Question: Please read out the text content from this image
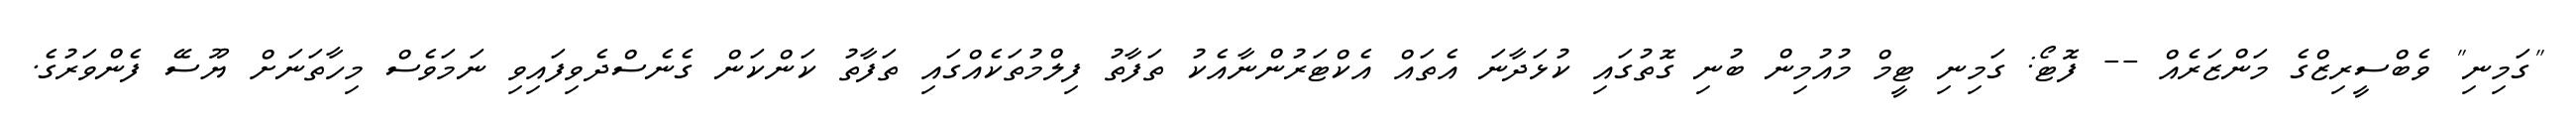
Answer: "ގަމިނި" ވެބްސީރިޒްގެ މަންޒަރެއް -- ފޮޓޯ: ގަމިނި ޓީމް މުއުމިން ބުނި ގޮތުގައި ކުޅަދާނަ އެތައް އެކްޓަރުންނާއެކު ތަފާތު ފިލްމުތަކެއްގައި ތަފާތު ކަންކަން ގެނެސްދެވިފައިވި ނަމަވެސް މިހާތަނަށް ޔޫސޭ ފެންވަރުގެ.